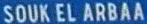
SOUKELARBAA